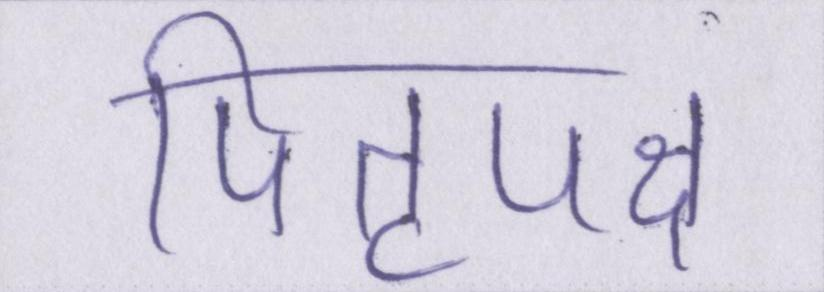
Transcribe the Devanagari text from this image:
पितृपक्ष